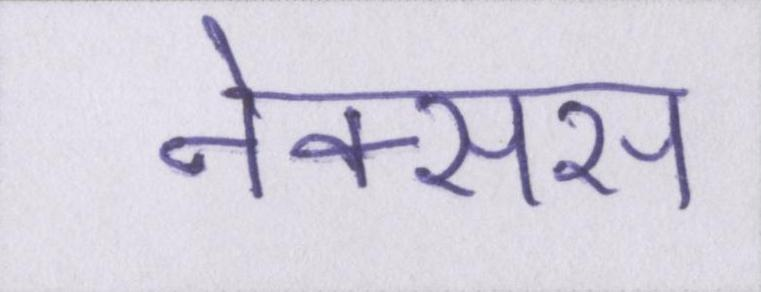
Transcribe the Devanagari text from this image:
नेक्सस